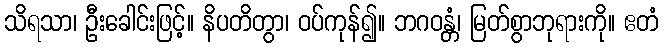
သိရသာ၊ ဦးခေါင်းဖြင့်။ နိပတိတွာ၊ ဝပ်ကုန်၍။ ဘဂဝန္တံ၊ မြတ်စွာဘုရားကို။ ဧတံ